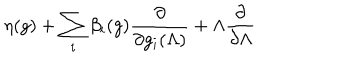
LaTeX: \eta ( g ) + \sum _ { i } \beta _ { i } ( g ) \frac { \partial } { \partial g _ { i } ( \Lambda ) } + \Lambda \frac { \partial } { \partial \Lambda }